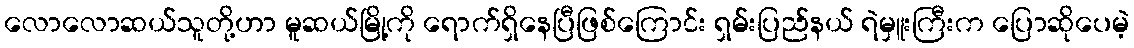
လောလောဆယ်သူတို့ဟာ မူဆယ်မြို့ကို ရောက်ရှိနေပြီဖြစ်ကြောင်း ရှမ်းပြည်နယ် ရဲမှူးကြီးက ပြောဆိုပေမဲ့